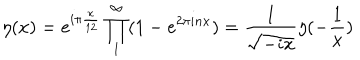
LaTeX: \eta ( x ) = e ^ { i \pi \frac { x } { 1 2 } } \prod _ { 1 } ^ { \infty } ( 1 - e ^ { 2 \pi i n x } ) = \frac { 1 } { \sqrt { - i x } } \eta ( - \frac { 1 } { x } )